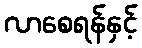
လာစေရန်နှင့်